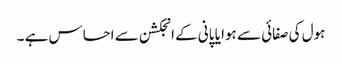
ہول کی صفائی سے ہوا یا پانی کے انجکشن سے احساس ہے ۔